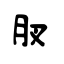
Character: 肞